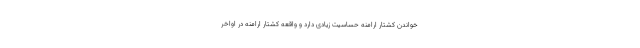
خواندن کشتار ارامنه حساسیت زیادی دارد و واقعه کشتار ارامنه در اواخر